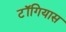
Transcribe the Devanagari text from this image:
टॉगियास